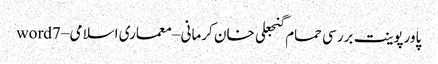
پاورپوینت بررسی حمام گنجعلی خان کرمانی – معماری اسلامی – word7